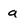
Character: a